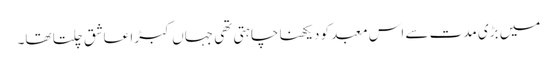
میں بڑی مدت سے اس معبد کو دیکھنا چاہتی تھی جہاں کبڑا عاشق چلتا تھا۔